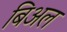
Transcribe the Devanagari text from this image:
बिअल